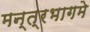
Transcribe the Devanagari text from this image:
मन्त्रभागमे